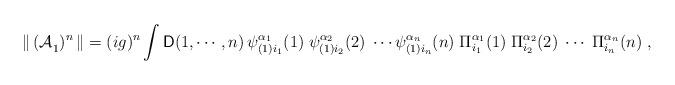
LaTeX: \begin{align*}{\|}\,{(\cal{A}}_1)^n\,{\|}=(ig)^n\int{\sf D}(1,\cdots,n)\,\psi^{{\alpha_1}}_{(1)i_1}(1)\;\psi^{{\alpha_2}}_{(1)i_2}(2)\;\cdots\psi^{{\alpha_n}}_{(1)i_n}(n)\;\Pi_{i_1}^{\alpha_1}(1)\;\Pi_{i_2}^{\alpha_2}(2)\;\cdots\;\Pi_{i_n}^{\alpha_n}(n)\;,\end{align*}